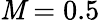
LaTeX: \mathit{M}=0.5